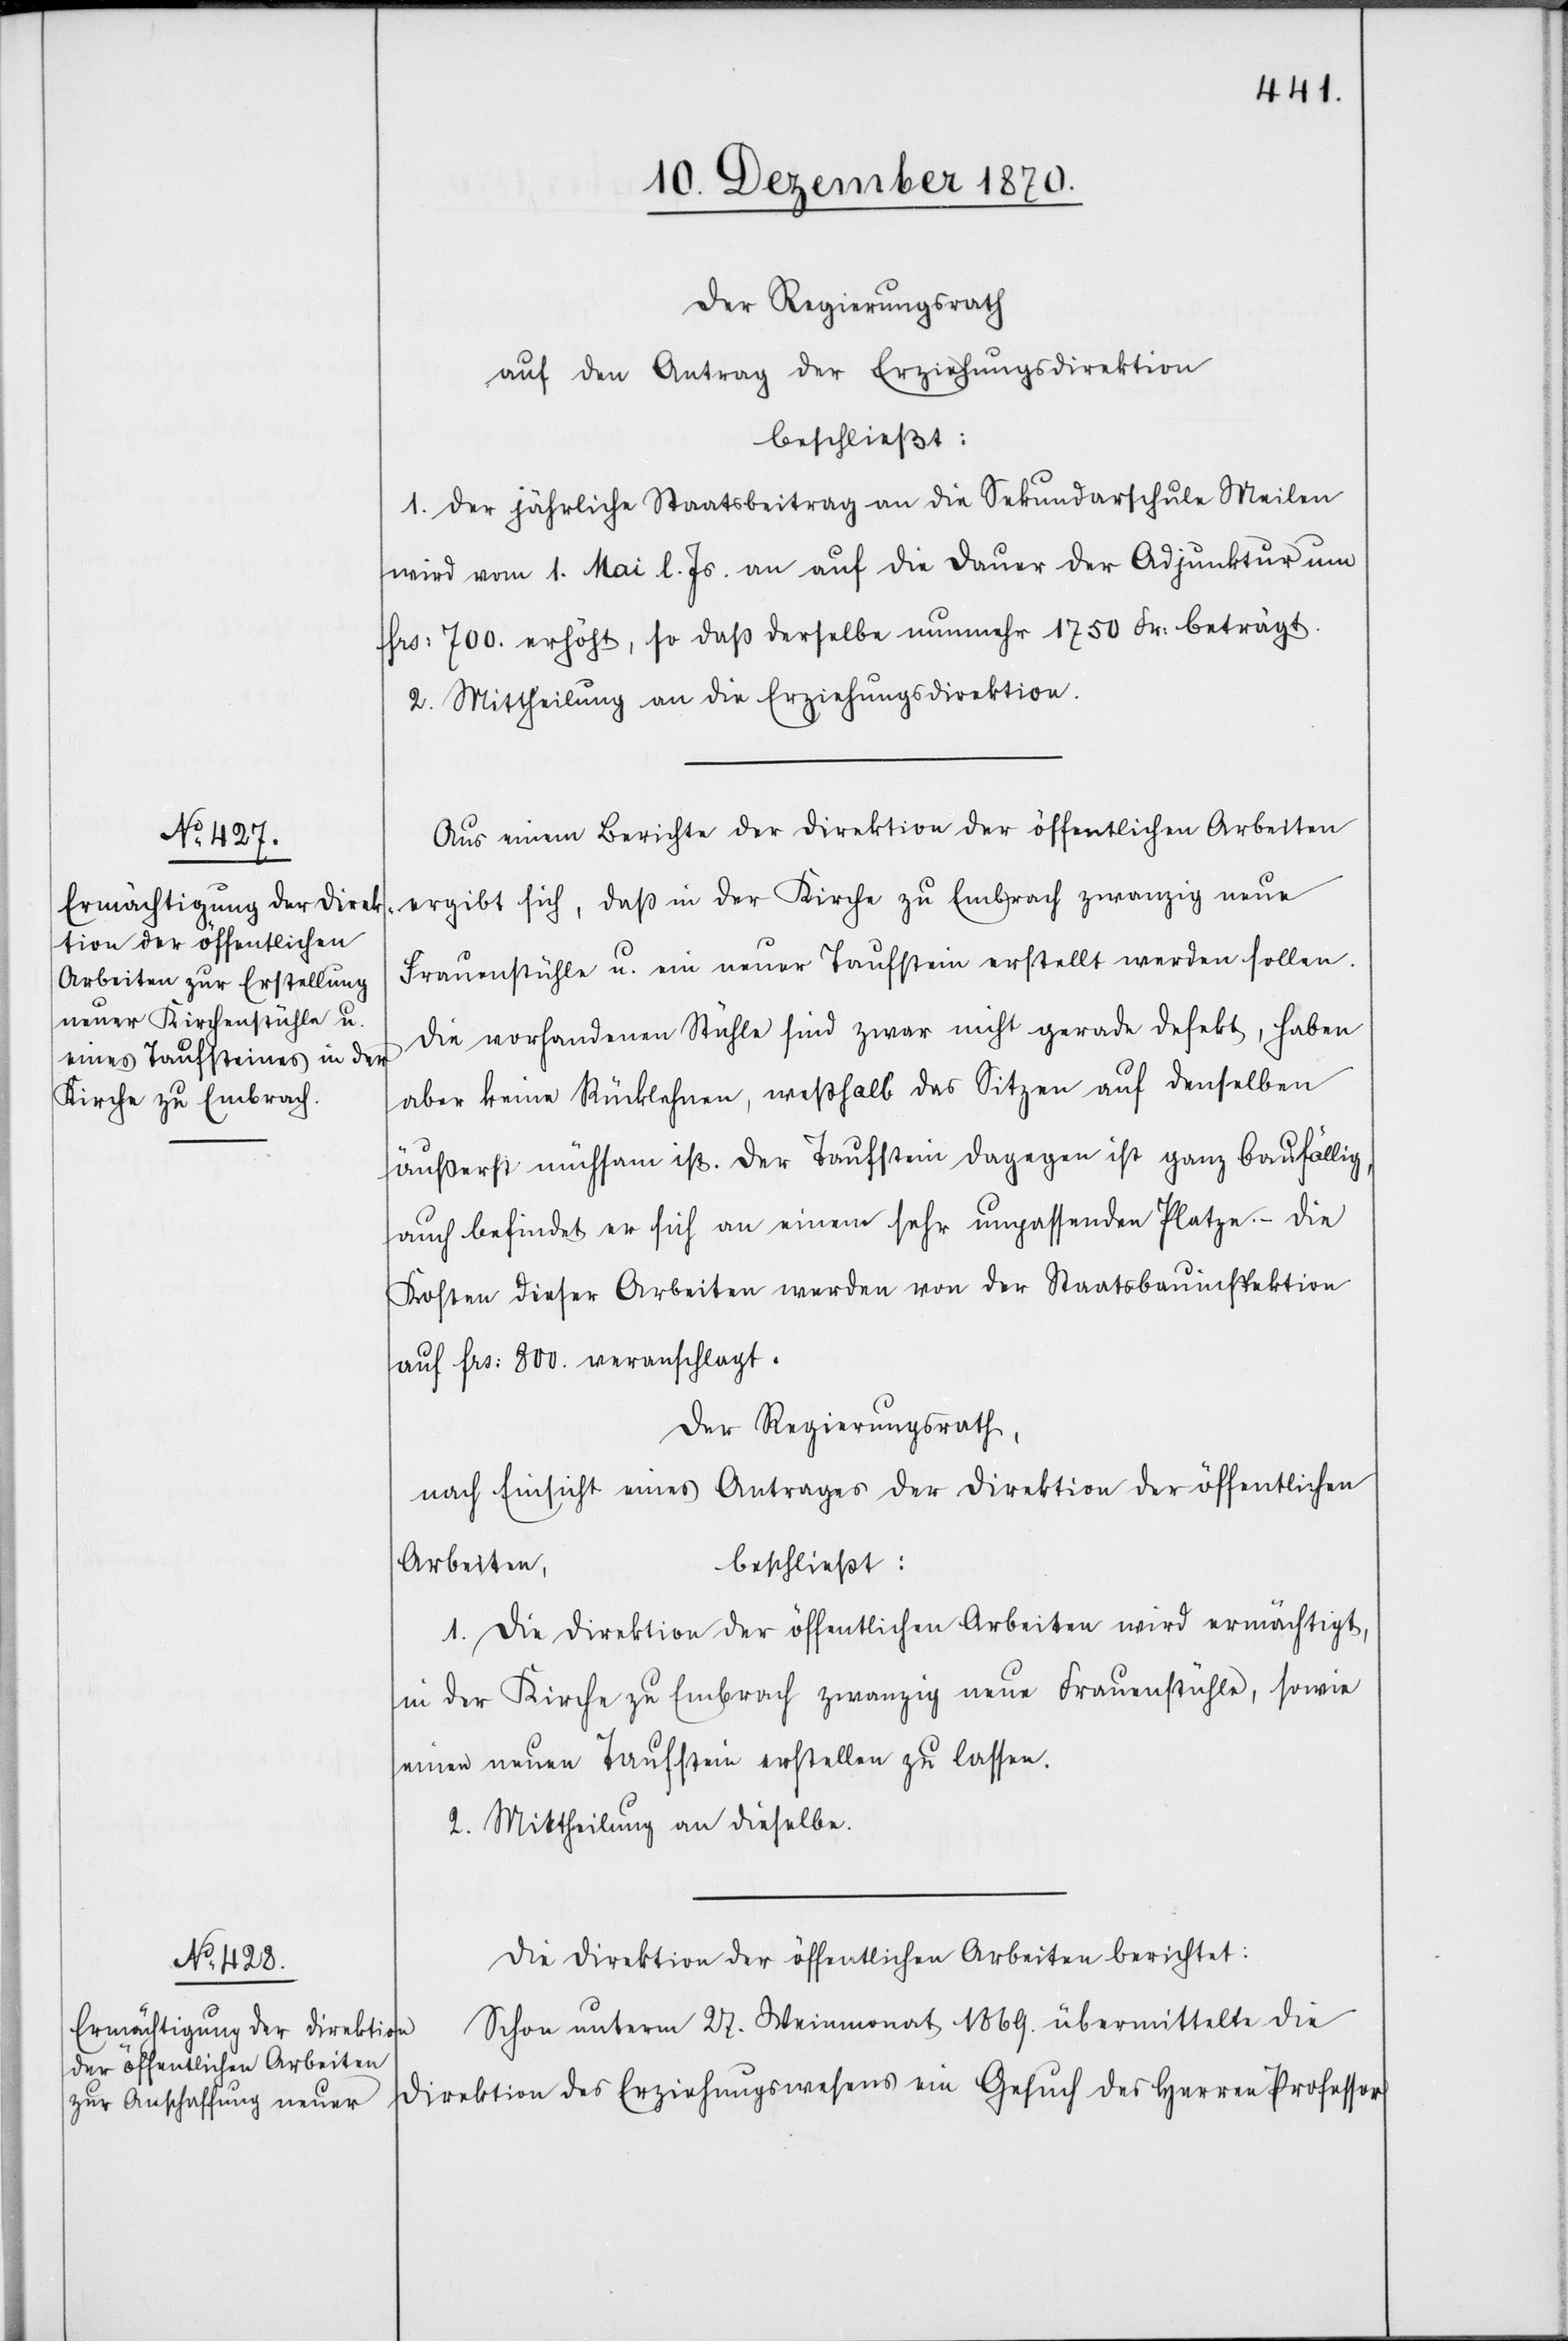
Der Regierungsrath
auf den Antrag der Erziehungsdirektion
beschließt:
1. Der jährliche Staatsbeitrag an die Sekundarschule Meilen
wird vom 1. Mai l. Js. an auf die Dauer der Adjunktur um
Frs: 700 erhöht, so daß derselbe nunmehr 1750 Fr: beträgt.
2. Mittheilung an die Erziehungsdirektion.
Aus einem Berichte der Direktion der öffentlichen Arbeiten
ergibt sich, daß in der Kirche zu Embrach zwanzig neue
Frauenstühle u. ein neuer Taufstein erstellt werden sollen.
Die vorhandenen Stühle sind zwar nicht gerade defekt, haben
aber keine Rücklehnen, weßhalb das Sitzen auf denselben
äußerst mühsam ist. Der Taufstein dagegen ist ganz baufällig,
auch befindet er sich an einem sehr unpassenden Platze. – Die
Kosten dieser Arbeiten werden von der Staatsbauinspektion
auf Frs: 800. veranschlagt.
Der Regierungsrath,
nach Einsicht eines Antrages der Direktion der öffentlichen
Arbeiten,
beschließt:
1. Die Direktion der öffentlichen Arbeiten wird ermächtigt,
in der Kirche zu Embrach zwanzig neue Frauenstühle, sowie
einen neuen Taufstein erstellen zu lassen.
2. Mittheilung an dieselbe.
Die Direktion der öffentlichen Arbeiten berichtet:
Schon unterm 27. Weinmonat 1869. übermittelte die
Direktion des Erziehungswesens ein Gesuch des Herren Professor